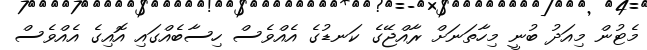
މެޓުން މިއަދު ބުނީ މިހާތަނަށް ރާއްޖޭގެ ކަނޑުގެ އެއްވެސް ހިސާބެއްގައި އޮއިގެ އެއްވެސް